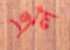
এল